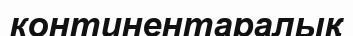
континентаралық